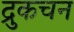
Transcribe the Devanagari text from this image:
द्रुकचन